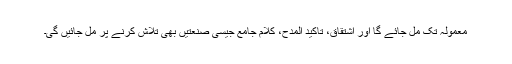
معمولہ تک مل جائے گا اور اشتقاق، تاکید المدح، کلام جامع جیسی صنعتیں بھی تلاش کرنے پر مل جائیں گی۔